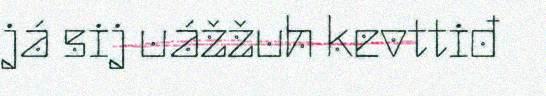
já sij uážžuh kevttiđ